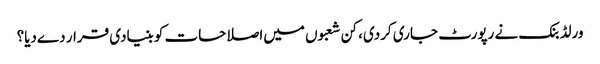
ورلڈ بنک نے رپورٹ جاری کردی، کن شعبوں میں‌اصلاحات کو بنیادی قرار دےدیا؟